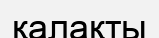
қалақты